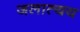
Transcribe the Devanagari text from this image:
जलात्यय